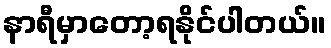
နာရီမှာတော့ရနိုင်ပါတယ်။